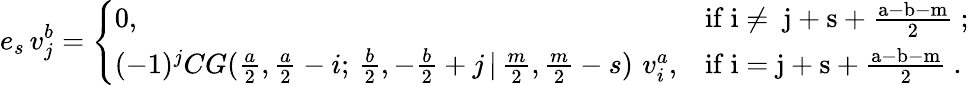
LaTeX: e_{s}\, v_{j}^{b}=\left\{ \begin{array}{ll}{0,}&{\mathrm{if~i\ne~j+s+\frac{a-b-m}{2}~;}}\\ {(-1)^{j}CG(\frac{a}{2},\frac{a}{2}-i;\, \frac{b}{2},-\frac{b}{2}+j\, |\, \frac{m}{2},\frac{m}{2}-s)\, \, v_{i}^{a},}&{\mathrm{if~i=j+s+\frac{a-b-m}{2}~.}}\end{array}\right.